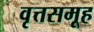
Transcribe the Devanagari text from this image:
वृत्तसमूह